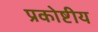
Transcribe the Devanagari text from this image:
प्रकोष्टीय